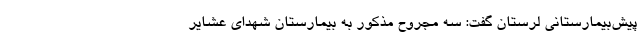
پیش‌بیمارستانی لرستان گفت: سه مجروح مذکور به بیمارستان شهدای عشایر